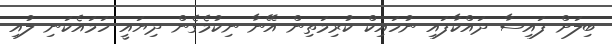
ބިލަށް ފައިސާ ދައްކާފައި ނުހައިކް ކުރިމަތިން އޭނާ ނިކުމެގެން ދިޔައީ ހަމައެކަނި ލުއި